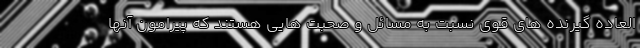
العاده گیرنده های قوی نسبت به مسائل و صحبت هایی هستند که پیرامون آنها